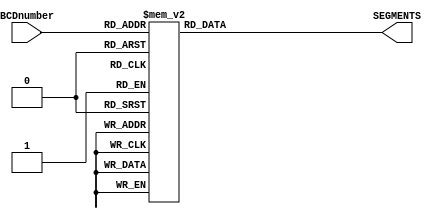
`timescale 1ns / 100ps
//Jianjian Song
//BCD to 7 segment display
//Common-Cathode decoding
module BCDto7Segment (BCDnumber,SEGMENTS);
//SevenSegments are ordered from DP, G,F,E,D,C,B,A
//Segment A = SevenSegments[0].
//Active lower Enable
input	[3:0] BCDnumber; 
output reg[7:0] SEGMENTS;

	always @ (BCDnumber)
			case (BCDnumber)
				0:	SEGMENTS <= 8'B11000000;
				1:	SEGMENTS <= 8'B11111001;
				2:	SEGMENTS <= 8'B10100100;
				3:	SEGMENTS <= 8'B10110000;
				4:	SEGMENTS <= 8'B10011001;
				5:	SEGMENTS <= 8'B10010010;
				6:	SEGMENTS <= 8'B10000010;
				7:	SEGMENTS <= 8'B11111000;
				8:	SEGMENTS <= 8'B10000000;
				9:	SEGMENTS <= 8'B10010000;
			default:	SEGMENTS <= 8'B00000000;
			endcase
			
endmodule